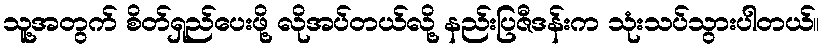
သူ့အတွက် စိတ်ရှည်ပေးဖို့ လိုအပ်တယ်လို့ နည်းပြဇီဒန်းက သုံးသပ်သွားပါတယ်။